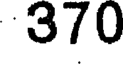
370